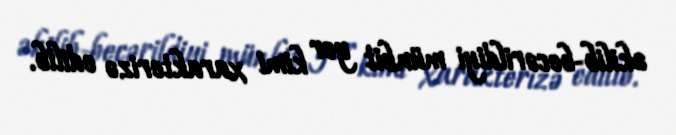
əkilib-becərildiyi münbit yer kimi xarakterizə edilib.